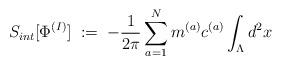
LaTeX: \begin{align*}S_{int} [ \Phi^{(I)} ] \; := \;- \frac{1}{2\pi} \sum_{a=1}^N m^{(a)} c^{(a)} \int_{\Lambda} d^2 x \;\end{align*}